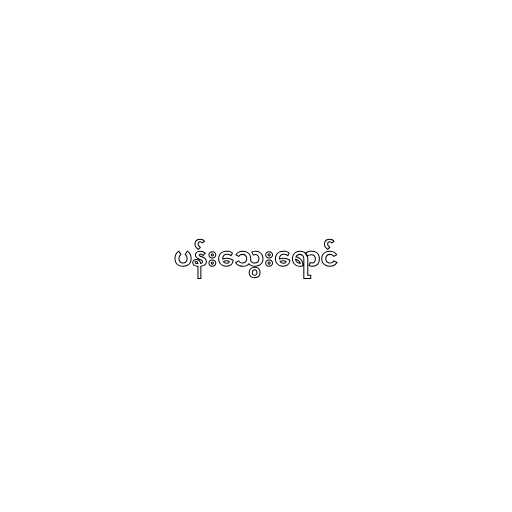
ပန်းသွေးရောင်